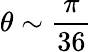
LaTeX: \theta\sim\frac{\pi}{36}